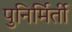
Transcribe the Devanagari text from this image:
पुनिर्मिर्ती